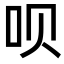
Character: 呗